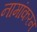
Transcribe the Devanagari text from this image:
नामांकरन